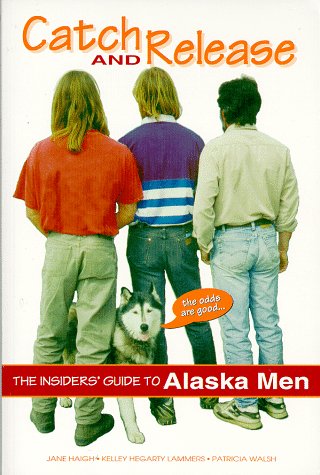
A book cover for Catch & Release the Insider's Guide to Alaska Men; Jane Haigh; Travel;